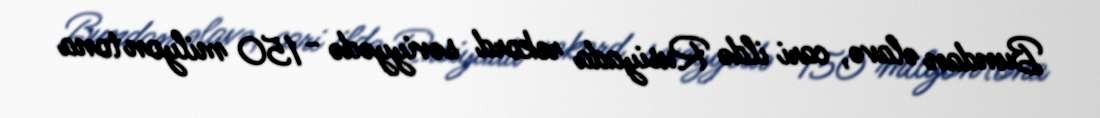
Bundan əlavə, cari ildə Rusiyada rekord səviyyədə - 150 milyon tona